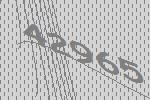
42965